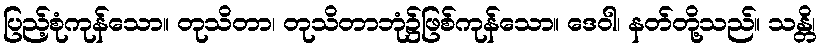
ပြည့်စုံကုန်သော။ တုသိတာ၊ တုသိတာဘုံ၌ဖြစ်ကုန်သော။ ဒေဝါ၊ နတ်တို့သည်။ သန္တိ၊